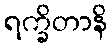
ရက္ခိတာနိ